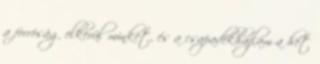
a forróság elkerül minket, és a csapadékhajlam a hét